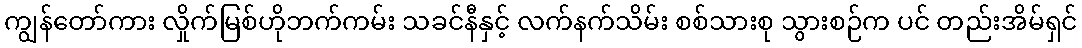
ကျွန်တော်ကား လှိုက်မြစ်ဟိုဘက်ကမ်း သခင်နီနှင့် လက်နက်သိမ်း စစ်သားစု သွားစဉ်က ပင် တည်းအိမ်ရှင်